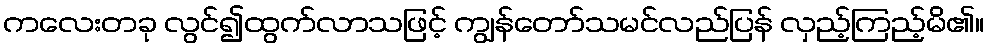
ကလေးတခု လွင်၍ထွက်လာသဖြင့် ကျွန်တော်သမင်လည်ပြန် လှည့်ကြည့်မိ၏။